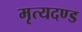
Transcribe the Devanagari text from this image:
मृत्यदण्ड